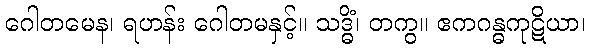
ဂေါတမေန၊ ရဟန်း ဂေါတမနှင့်။ သဒ္ဓိံ၊ တကွ။ ဧကဂန္ဓကုဋိယာ၊